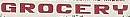
grocery